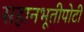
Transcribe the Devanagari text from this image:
सहानभूतीपोटी